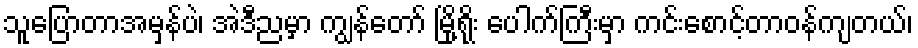
သူပြောတာအမှန်ပဲ၊ အဲဒီညမှာ ကျွန်တော် မြို့ရိုး ပေါက်ကြီးမှာ ကင်းစောင့်တာဝန်ကျတယ်၊